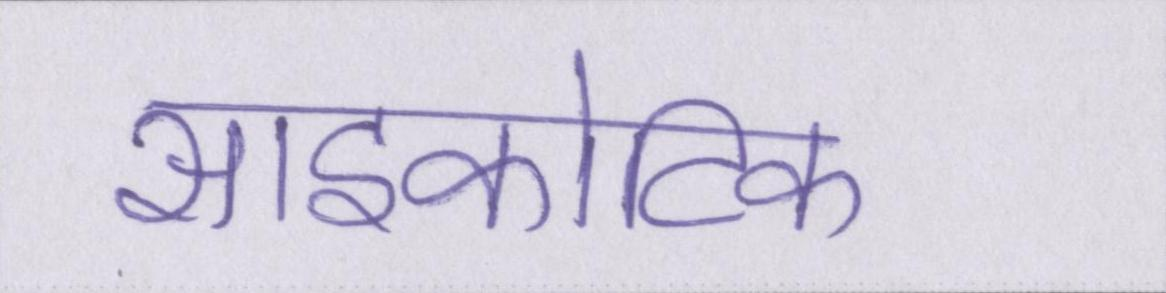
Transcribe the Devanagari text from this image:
साइकोटिक